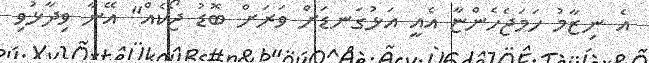
އެ ނިޒާމު ހަމަޖެހެންޏާ އެއީ އަޅުގަނޑަށް ވަރަށް ބޮޑު ޖޯކެއް" އޭނާ ވިދާޅުވި